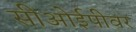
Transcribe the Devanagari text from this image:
सीओईपीवर